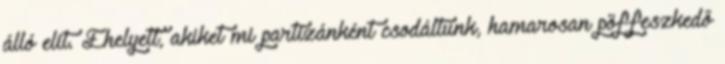
álló elit. Ehelyett, akiket mi partizánként csodáltunk, hamarosan pöffeszkedő